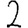
Digit: 2